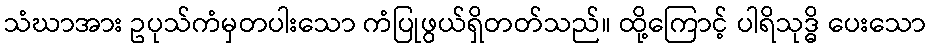
သံဃာအား ဥပုသ်ကံမှတပါးသော ကံပြုဖွယ်ရှိတတ်သည်။ ထို့ကြောင့် ပါရိသုဒ္ဓိ ပေးသော